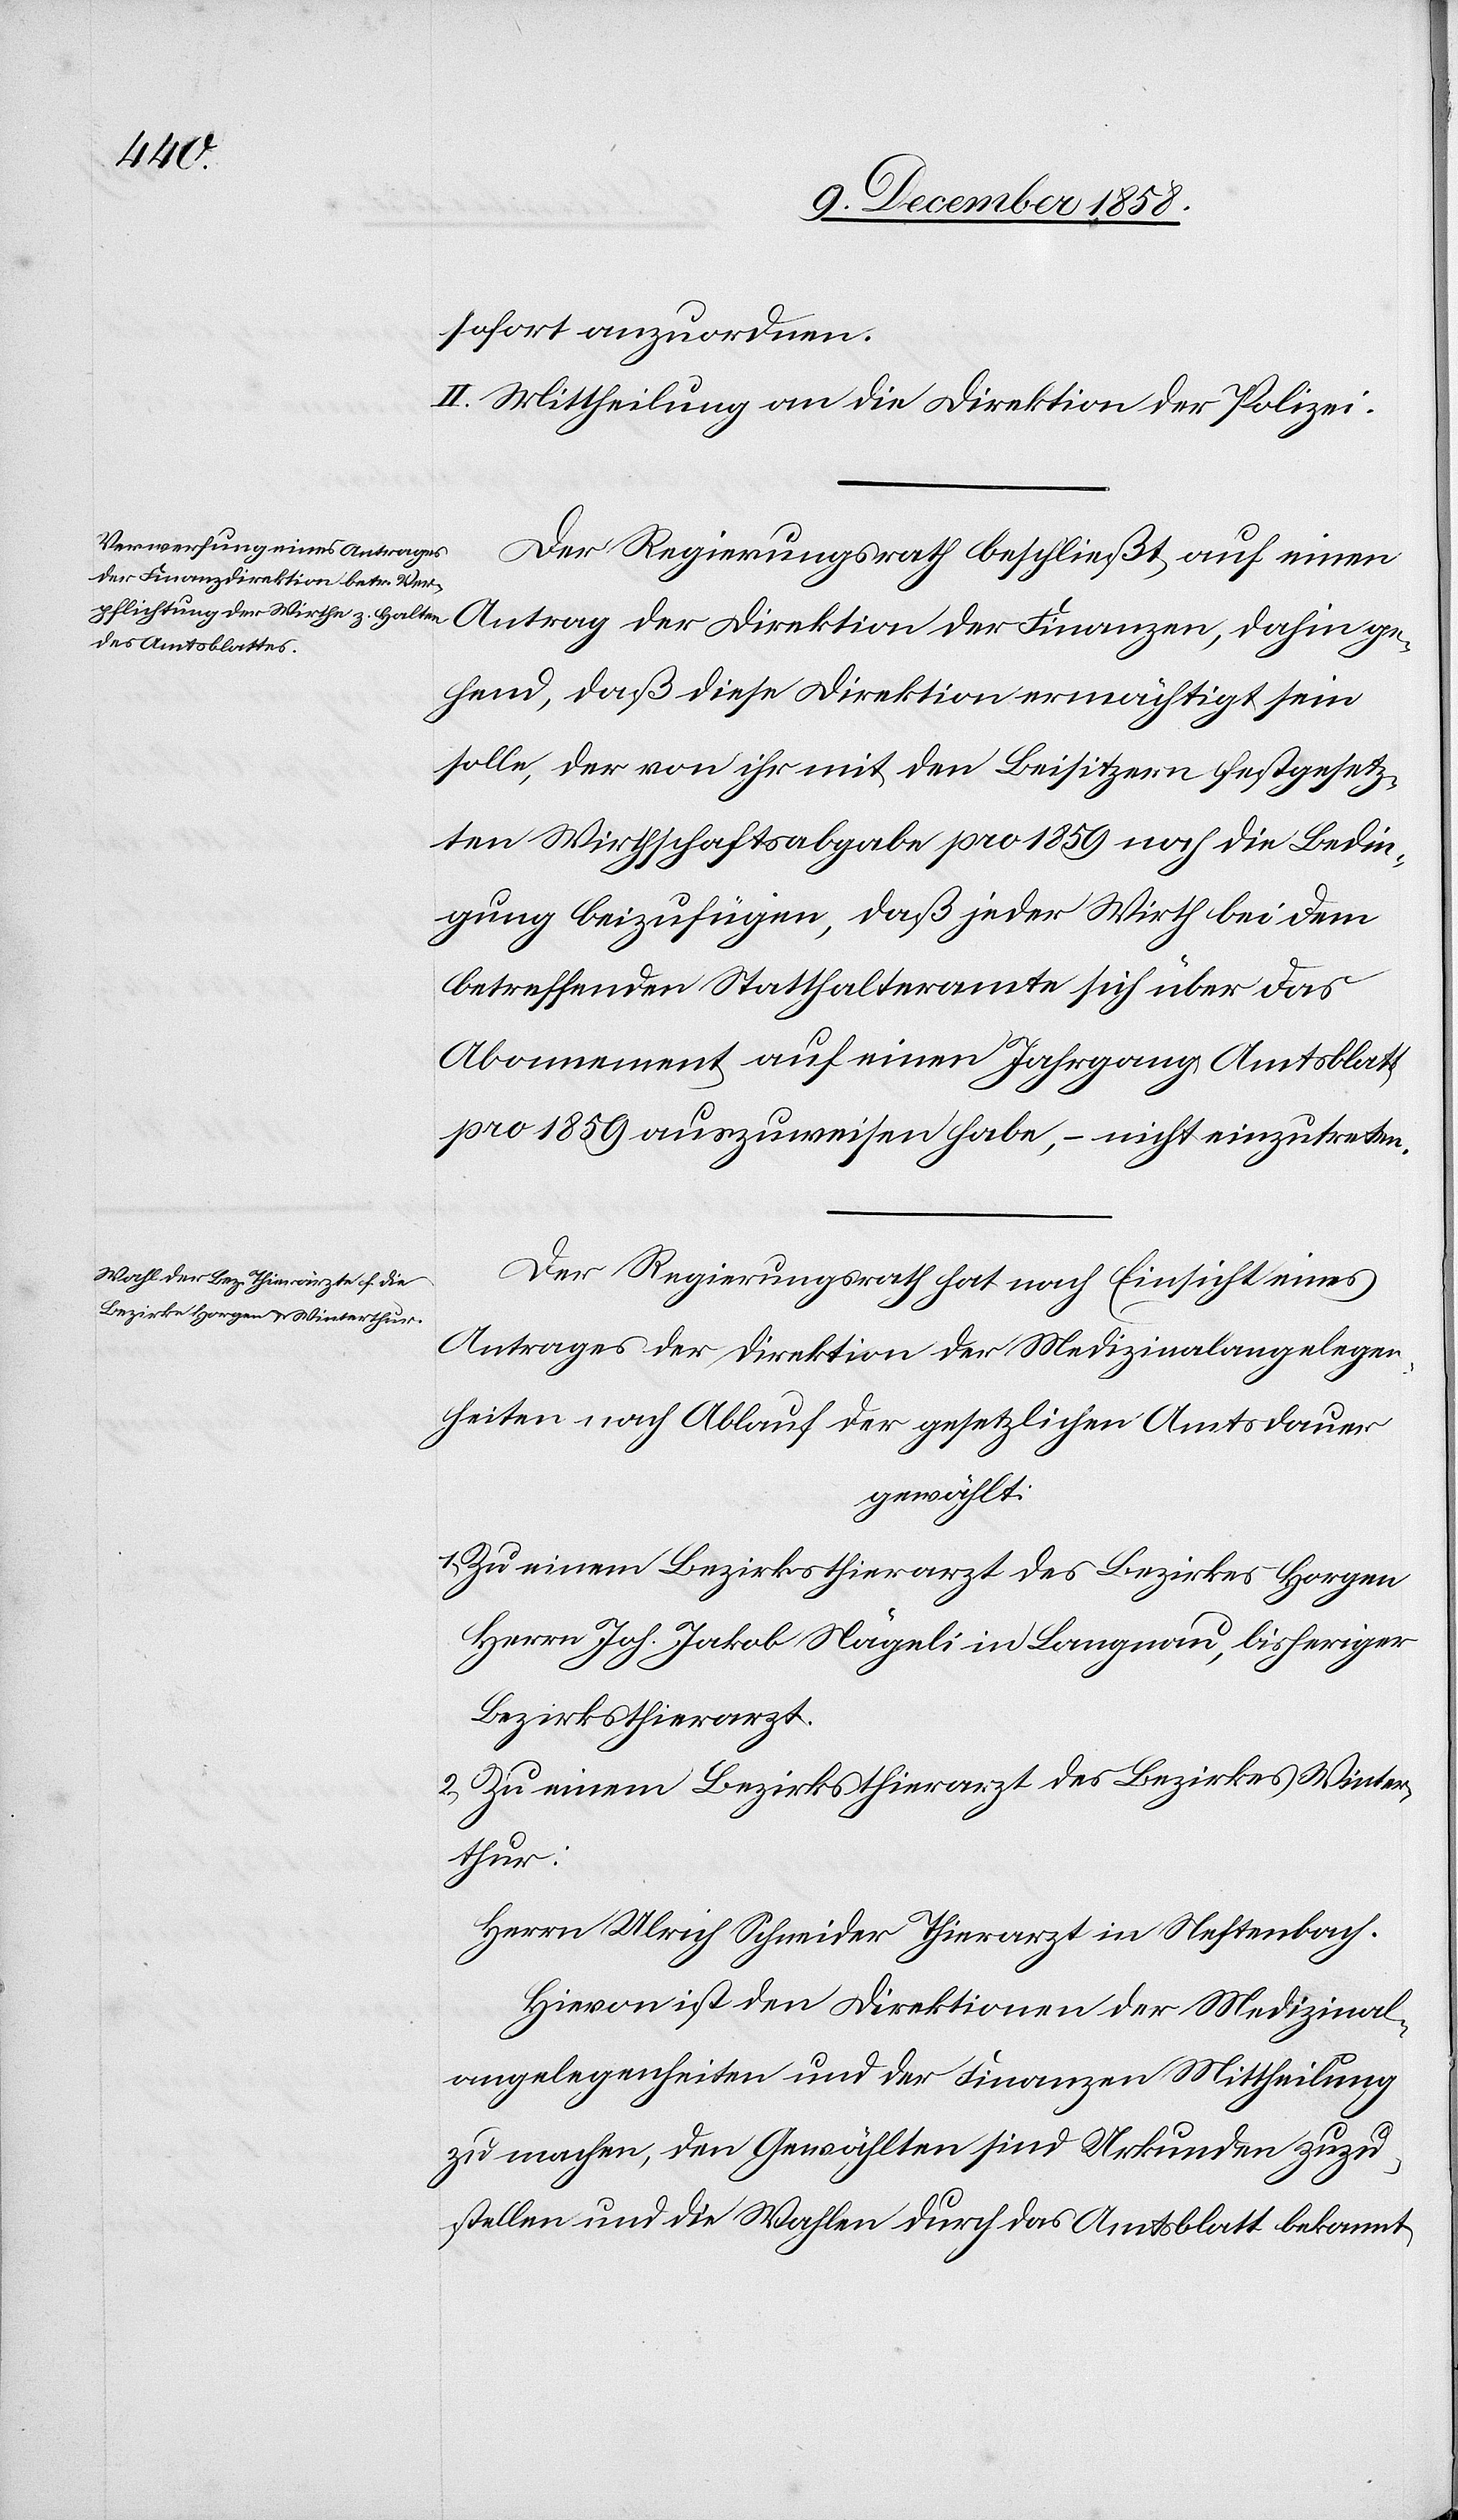
sofort anzuordnen.
II. Mittheilung an die Direktion der Polizei.
Der Regierungsrath beschließt auf einen
dahin ge¬
hend, daß diese Direktion ermächtigt sein
solle, der von ihr mit den Beisitzern festgesetz¬
ten Wirthschaftsabgabe pro 1859 noch die Bedin¬
gung beizufügen, daß jeder Wirth bei dem
betreffenden Statthalteramte sich über das
Abonnement auf einen Jahrgang Amtsblatt
pro 1859 auszuweisen habe, – nicht einzutreten.
Der Regierungsrath hat nach Einsicht eines
Antrages der Direktion der Medizinalangelegen¬
heiten nach Ablauf der gesetzlichen Amtsdauer
gewählt:
Zu einem Bezirksthierarzt des Bezirkes Horgen
Herrn Joh. Jakob Nägeli in Langnau, bisheriger
Bezirksthierarzt.
Zu einem Bezirksthierarzt des Bezirkes Winter¬
thur:
Herrn Ulrich Schneider Thierarzt in Neftenbach.
Hievon ist den Direktionen der Medizinal¬
angelegenheiten und der Finanzen Mittheilung
zu machen, den Gewählten sind Urkunden zuzu¬
stellen und die Wahlen durch das Amtsblatt bekannt